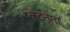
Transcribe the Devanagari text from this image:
प्‍लेटनुमा